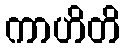
ကာဟိတိ